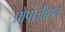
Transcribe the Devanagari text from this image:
प्रोपोज़ीशन